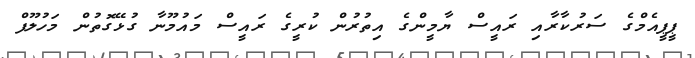
ޕީޕީއެމްގެ ސަރުކާރާއި ރައީސް ޔާމީންގެ އިތުރުން ކުރީގެ ރައީސް މައުމޫނާ ގުޅޭގޮތުން މަހުލޫފް